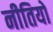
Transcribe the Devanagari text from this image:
नीतियों